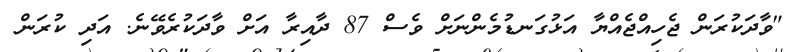
"ވާދަކުރަން ޖެހިއްޖެއްޔާ އަޅުގަނޑުމެންނަށް ވެސް 87 ދާއިރާ އަށް ވާދަކުރެވޭނެ. އަދި ކުރަން